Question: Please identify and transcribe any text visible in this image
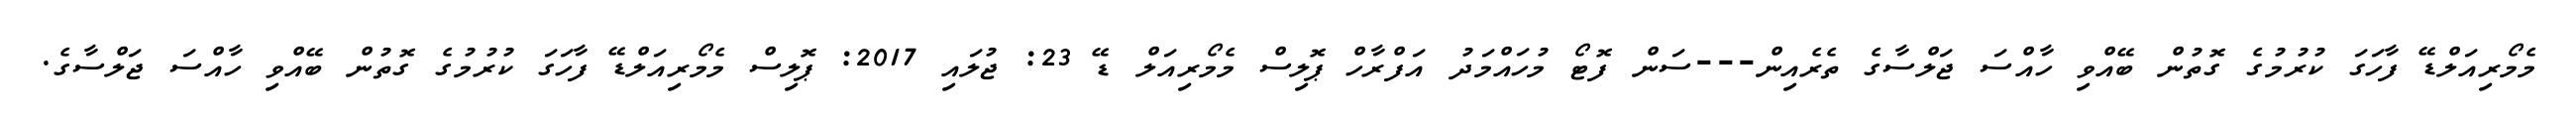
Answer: މެމޯރިއަލްޑޭ ފާހަގަ ކުރުމުގެ ގޮތުން ބޭއްވި ހާއްސަ ޖަލްސާގެ ތެރެއިން---ސަން ފޮޓޯ މުހައްމަދު އަފްރާހް ޕޮލިސް މެމޯރިއަލް ޑޭ 23: ޖުލައި 2017: ޕޮލިސް މެމޯރިއަލްޑޭ ފާހަގަ ކުރުމުގެ ގޮތުން ބޭއްވި ހާއްސަ ޖަލްސާގެ.